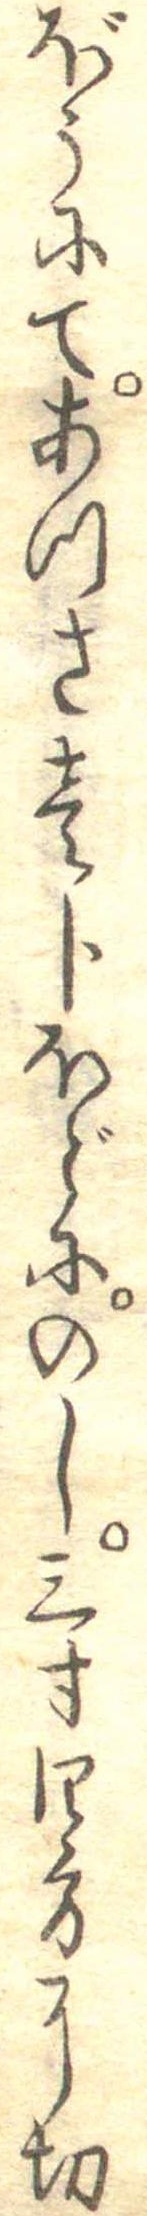
ぼうにてあつさ壱分ほどにのし三寸四方に切